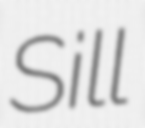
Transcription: Sill